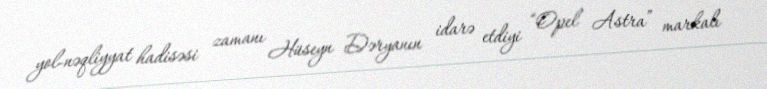
yol-nəqliyyat hadisəsi zamanı Hüseyn Dəryanın idarə etdiyi “Opel Astra” markalı